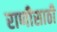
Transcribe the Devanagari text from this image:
राणीसाठी